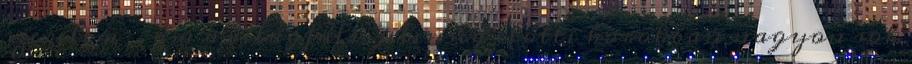
szerelem“, ám a világfalu jelenség előtti korokban nagyon sok